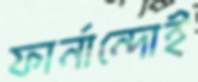
ফার্নান্দোই